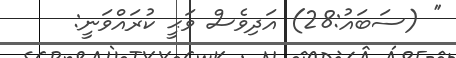
'' (ސަބައު:28) އަދިވެސް ވަޙީ ކުރައްވަނީ: